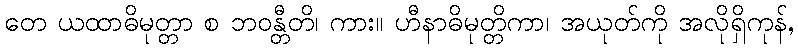
တေ ယထာဓိမုတ္တာ စ ဘဝန္တီတိ၊ ကား။ ဟီနာဓိမုတ္တိကာ၊ အယုတ်ကို အလိုရှိကုန်,